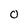
Character: 0